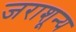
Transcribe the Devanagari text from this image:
जराशून्य